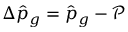
\Delta \hat { p } _ { g } = \hat { p } _ { g } - \mathcal { P }